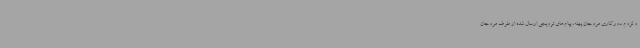
و لزوم دورکاری مروجان پهنه، پیام‌های ترویجی ارسال شده از طرف مروجان